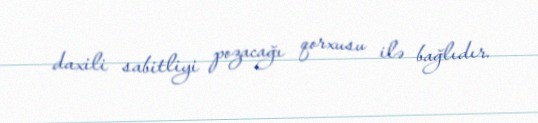
daxili sabitliyi pozacağı qorxusu ilə bağlıdır.